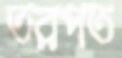
তরপত